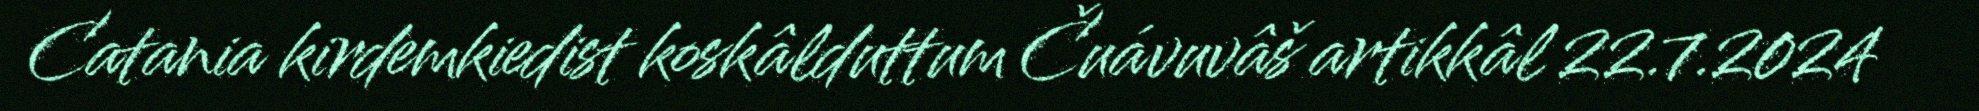
Catania kirdemkiedist koskâlduttum Čuávuvâš artikkâl 22.7.2024